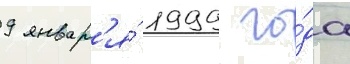
9 январ'я́ 1999 го́да